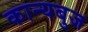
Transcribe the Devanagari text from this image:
कान्यबुज